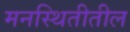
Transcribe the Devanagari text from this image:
मनस्थितीतील